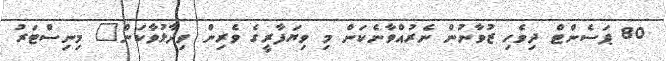
80 ޕަސެންޓް ދިވެހި ޒުވާނުން ނެރުއްވާނެކަން މި ވިޔަފާރީގެ ވެރިން ވިދާޅުވާކަން" މިނިސްޓަރު